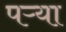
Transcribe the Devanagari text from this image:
पऱ्या